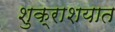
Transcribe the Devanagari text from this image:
शुक्राशयात